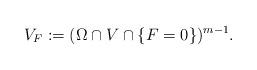
LaTeX: \begin{align*} V_F:=(\Omega\cap V\cap\{F=0\})^{m-1}. \end{align*}